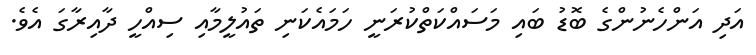
އަދި އަންހެނުންގެ ބޮޑު ބައި މަސައްކަތްކުރަނީ ހަމައެކަނި ތައުލީމާއި ސިއްހީ ދާއިރާގަ އެވެ.